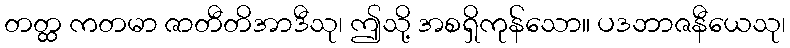
တတ္ထ ကတမာ ဇာတီတိအာဒီသု၊ ဤသို့ အစရှိကုန်သော။ ပဒဘာဇနီယေသု၊